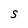
Character: S